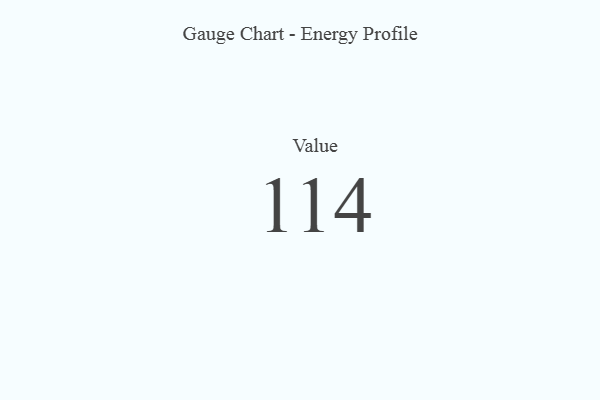
{"axis": {"x": "Metric", "y": "Value"}, "legend": [""], "data": [{"x": "Value", "y": 114, "type": ""}]}